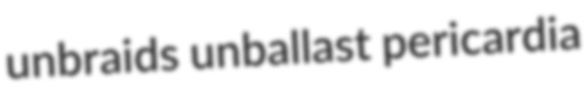
unbraids unballast pericardia